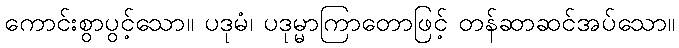
ကောင်းစွာပွင့်သော။ ပဒုမံ၊ ပဒုမ္မာကြာတောဖြင့် တန်ဆာဆင်အပ်သော။